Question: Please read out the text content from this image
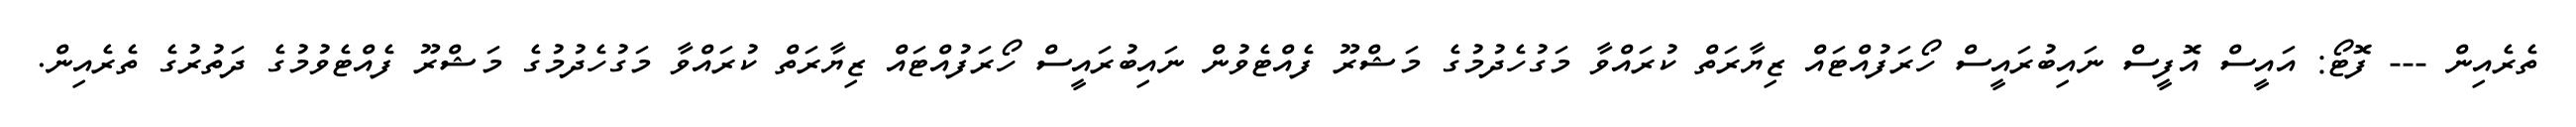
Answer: ތެރެއިން --- ފޮޓޯ: އައީސް އޮފީސް ނައިބުރައީސް ހޯރަފުއްޓައް ޒިޔާރަތް ކުރައްވާ މަގުހެދުމުގެ މަޝްރޫ ފެއްޓެވުން ނައިބުރައީސް ހޯރަފުއްޓައް ޒިޔާރަތް ކުރައްވާ މަގުހެދުމުގެ މަޝްރޫ ފެއްޓެވުމުގެ ދަތުރުގެ ތެރެއިން.